Education (Scotland) Act, 1936, 1936
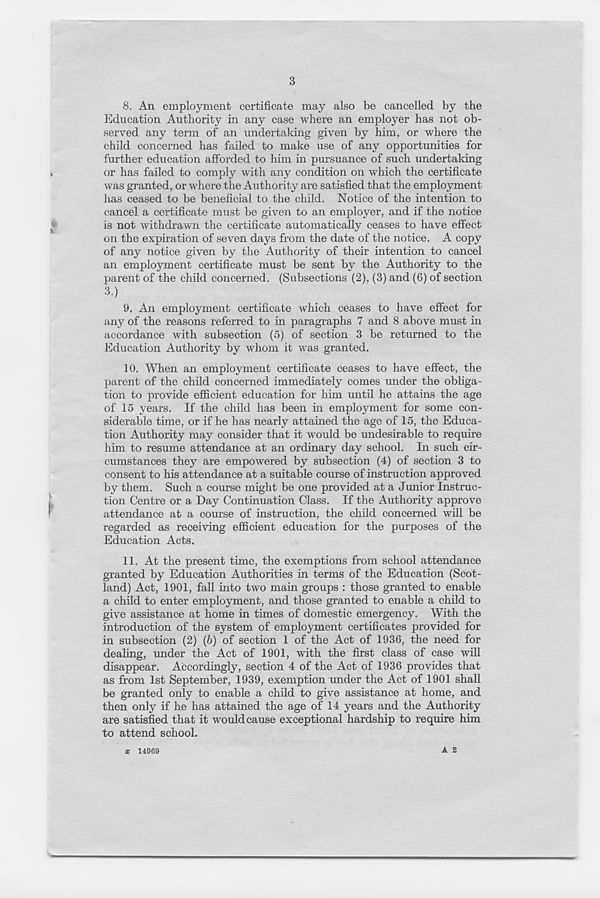
3
8. An employment certificate may also be cancelled by the
Education Authority in any case where an employer has not ob-
served any term of an undertaking given by him, or where the
child concerned has failed to make use of any opportunities for
further education afforded to him in pursuance of such undertaking
,
or has failed to comply with any condition on which the certificate
was granted, or where the Authority are satisfied that the employment
has ceased to be beneficial to the child. Notice of the intention to
cancel a certificate must be given to an employer, and if the notice
,
is not withdrawn the certificate automatically ceases to have effect
on the expiration of seven days from the date of the notice. A copy
of any notice given by the Authority of their intention to cancel
an employment certificate must be sent by the Authority to the
parent of the child concerned. (Subsections (2), (3) and (6) of section
3.)
9. An employment certificate which ceases to have effect for
any of the reasons referred to in paragraphs 7 and 8 above must in
accordance with subsection (5) of section 3 be returned to the
Education Authority by whom it was granted.
10. When an employment certificate ceases to have effect, the
parent of the child concerned immediately comes under the obliga-
tion to provide efficient education for him until he attains the age
of 15 years. If the child has been in employment for some con-
siderable time, or if he has nearly attamed the age of 15, the Educa-
tion Authority may consider that it would be undesirable to require
him to resume attendance at an ordinary day school. In such cir-
cumstances they are empowered by subsection (4) of section 3 to
consent to his attendance at a suitable course of instruction approved
by them. Such a course might be one provided at a Junior Instruc-
tion Centre or a Day Continuation Class. If the Authority approve
attendance at a course of instruction, the child concerned will be
regarded as receiving efficient education for the purposes of the
Education Acts.
11. At the present time, the exemptions from school attendance
granted by Education Authorities in terms of the Education (Scot-
land) Act, 1901, fall into two main groups : those granted to enable
a child to enter employment, and those granted to enable a child to
give assistance at home in times of domestic emergency. With the
introduction of the system of employment certificates provided for
in subsection (2) (b) of section 1 of the Act of 1936, the need for
dealing, under the Act of 1901, with the first class of case will
disappear. Accordingly, section 4 of the Act of 1936 provides that
as from 1st September, 1939, exemption under the Act of 1901 shall
be granted only to enable a child to give assistance at home, and
then only if he has attained the age of 14 years and the Authority
are satisfied that it would cause exceptional hardship to require him
to attend school.
x 14969
A 2